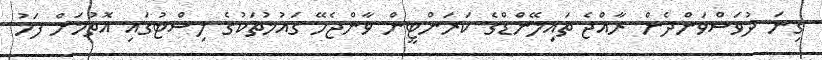
ގިނަ ދުވަސްވަންދެން ރާއްޖެ ތައިލޭންޑްގެ ކަރަންޓީން ވާންޖެހޭ ގައުމުތަކުގެ ލިސްޓުގައި އޮތުމަށް ފަހު